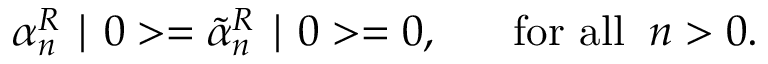
\alpha _ { n } ^ { R } \mid 0 > = \tilde { \alpha } _ { n } ^ { R } \mid 0 > = 0 , \; \; \; \; \; \; \mathrm { f o r ~ a l l } \; \; n > 0 .